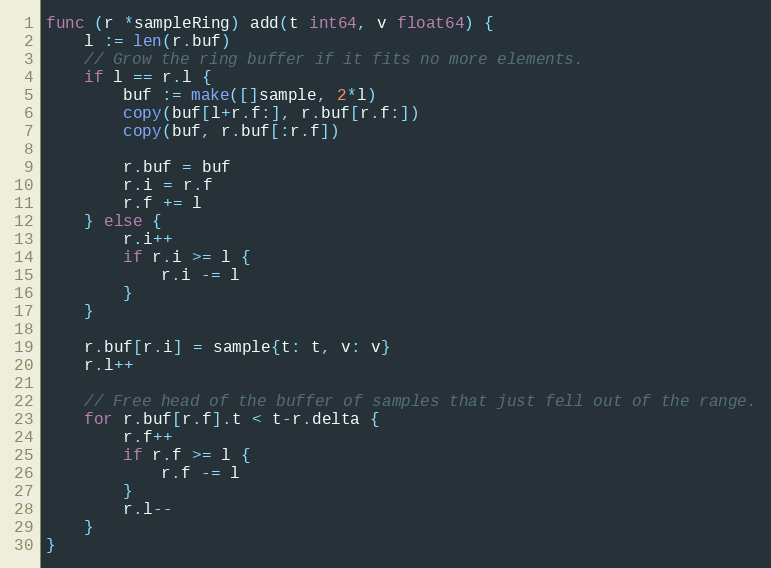
Language: Go
func (r *sampleRing) add(t int64, v float64) {
	l := len(r.buf)
	// Grow the ring buffer if it fits no more elements.
	if l == r.l {
		buf := make([]sample, 2*l)
		copy(buf[l+r.f:], r.buf[r.f:])
		copy(buf, r.buf[:r.f])

		r.buf = buf
		r.i = r.f
		r.f += l
	} else {
		r.i++
		if r.i >= l {
			r.i -= l
		}
	}

	r.buf[r.i] = sample{t: t, v: v}
	r.l++

	// Free head of the buffer of samples that just fell out of the range.
	for r.buf[r.f].t < t-r.delta {
		r.f++
		if r.f >= l {
			r.f -= l
		}
		r.l--
	}
}